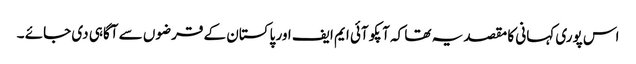
اس پوری کہانی کا مقصد یہ تھا کہ آپکو آئی ایم ایف اور پاکستان کے قرضوں سے آگاہی دی جائے ۔